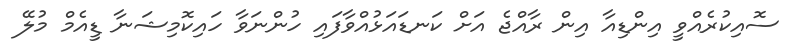
ސޮއިކުރެއްވީ އިންޑިއާ އިން ރާއްޖެ އަށް ކަނޑައަޅުއްވާފައި ހުންނަވާ ހައިކޮމިޝަނާ ޑީއެމް މުލޭ